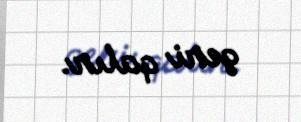
geri qalır.